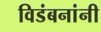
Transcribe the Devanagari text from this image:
विडंबनांनी